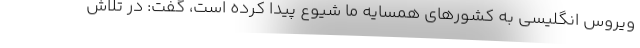
ویروس انگلیسی به کشورهای همسایه ما شیوع پیدا کرده است، گفت: در تلاش